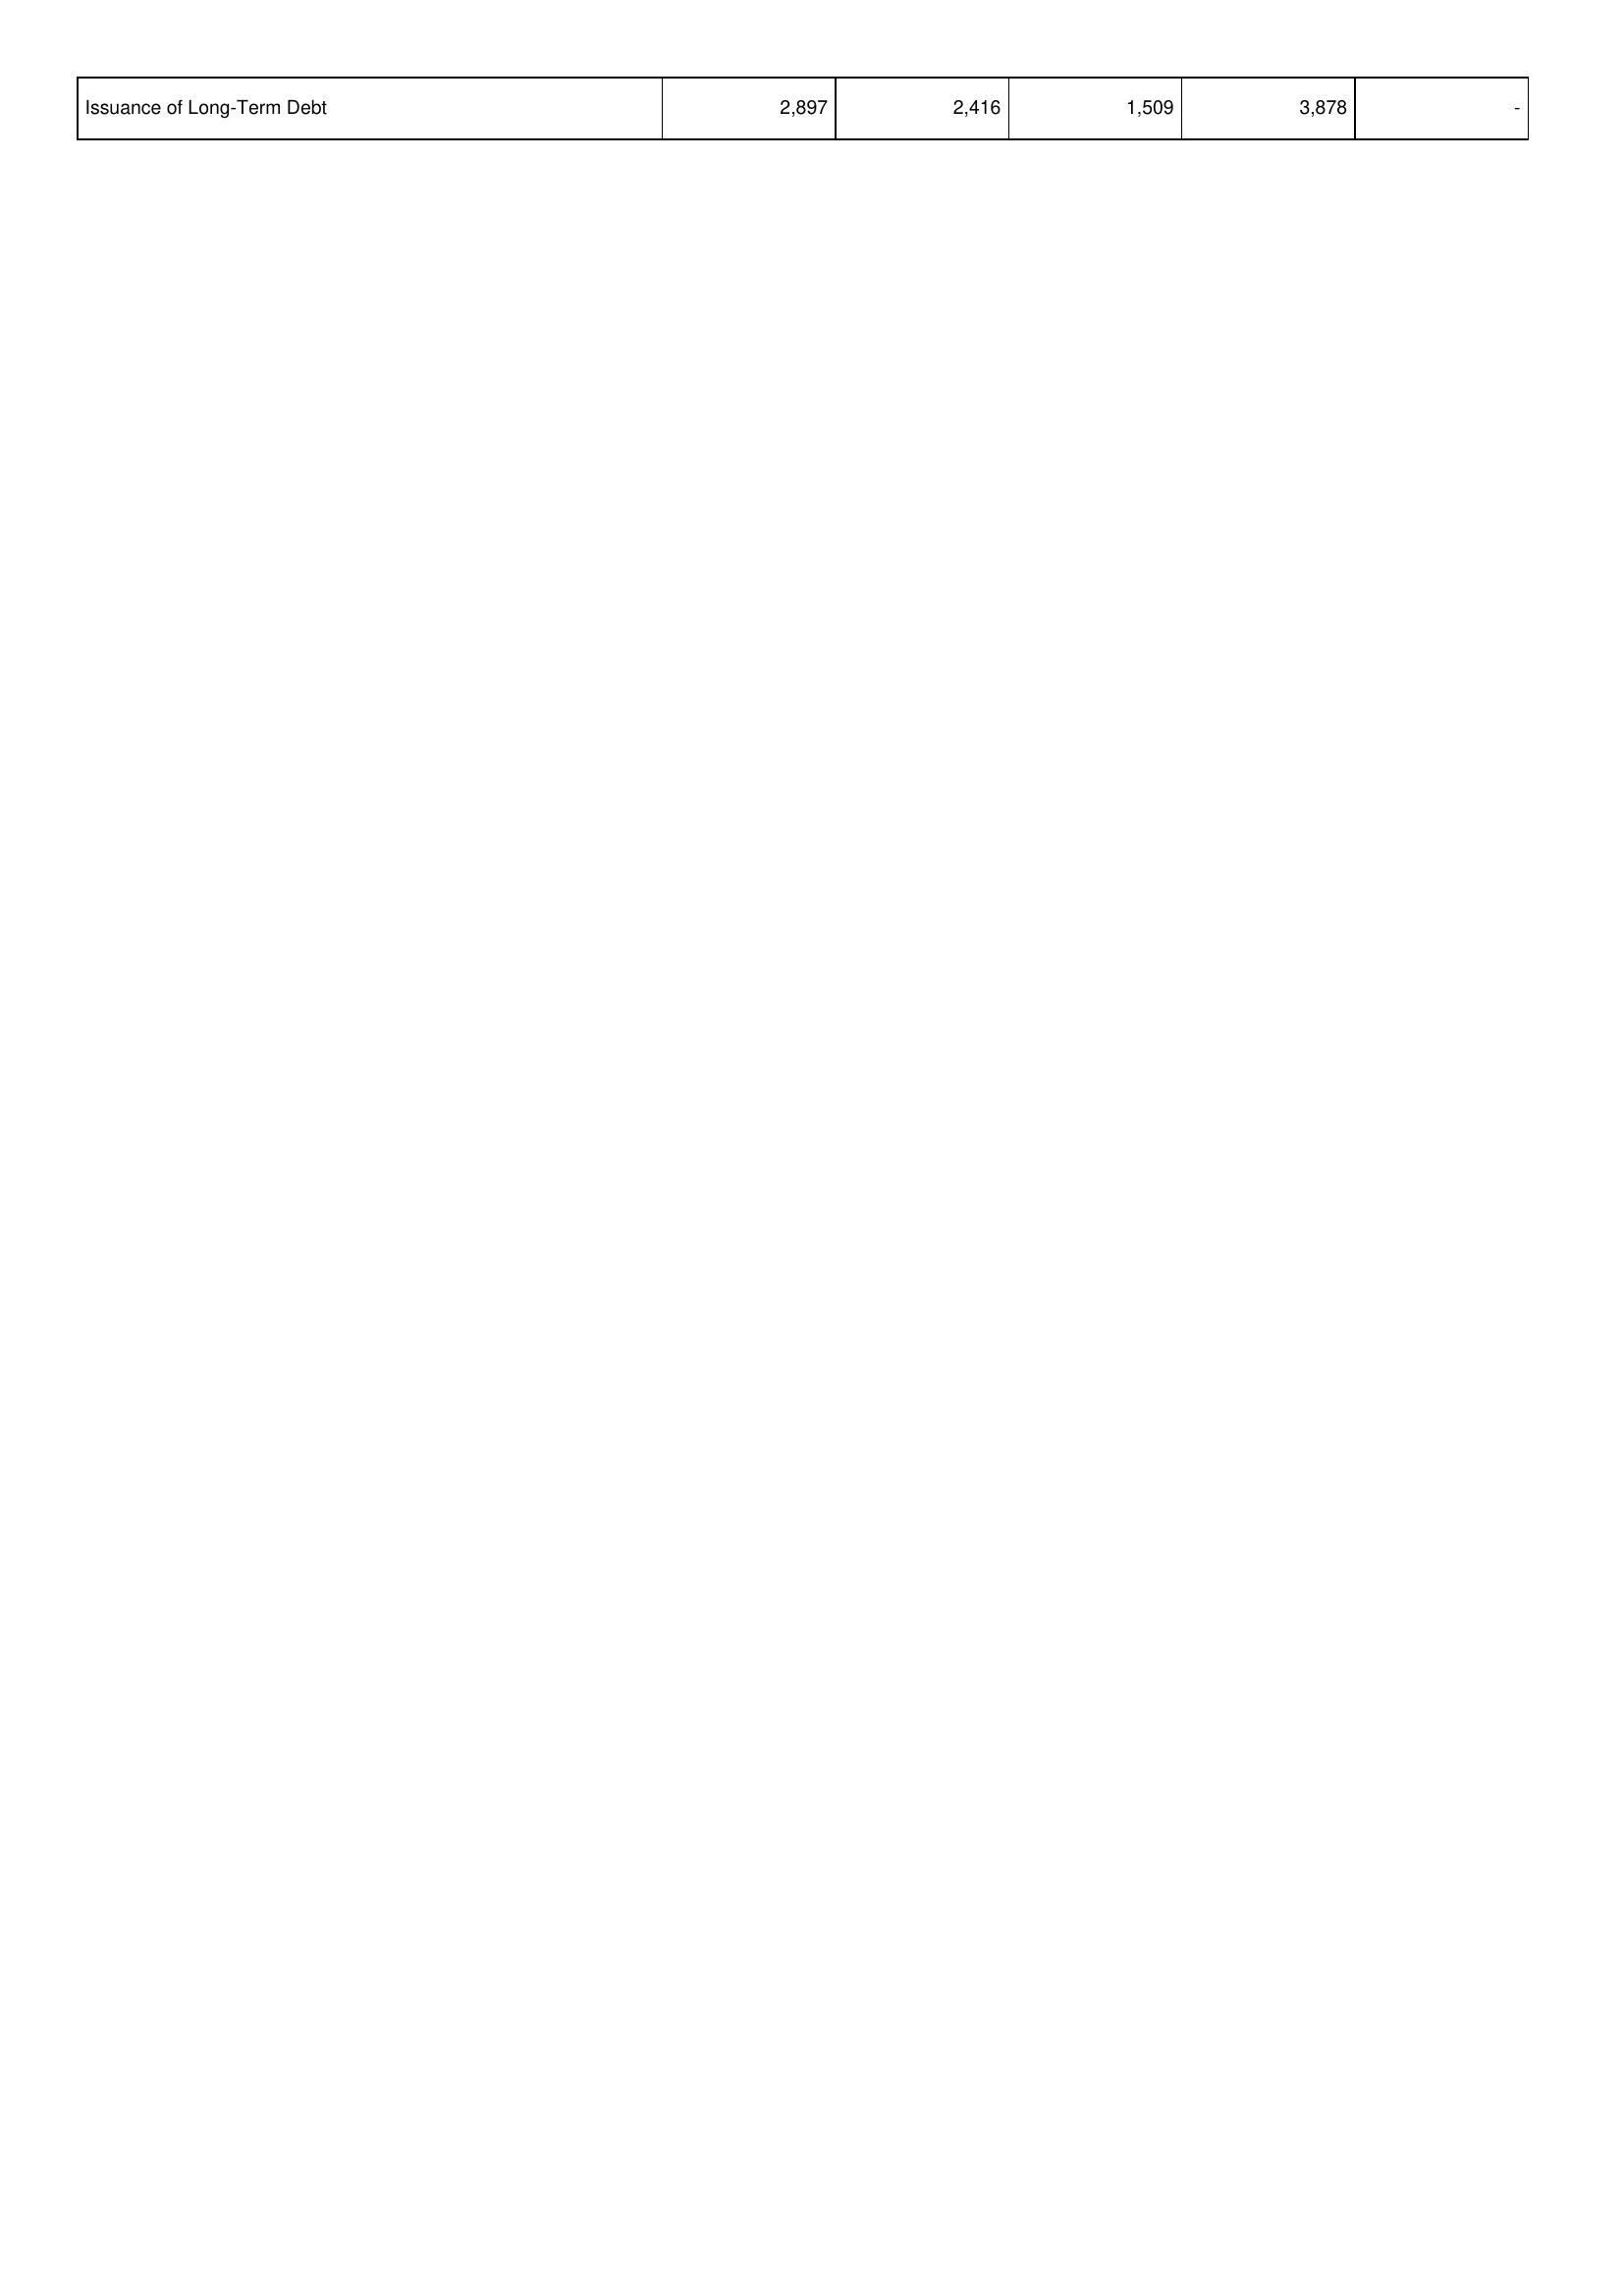
2015: Financing Activities: Issuance of Long-Term Debt: 2,897
2016: Financing Activities: Issuance of Long-Term Debt: 2,416
2017: Financing Activities: Issuance of Long-Term Debt: 1,509
2018: Financing Activities: Issuance of Long-Term Debt: 3,878
2019: Financing Activities: Issuance of Long-Term Debt: -